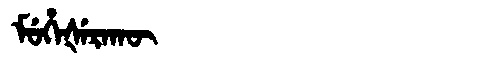
Manchu: ᠮᡠᡥᡝᡧᡝᡵᠠᡴᡡ
Romanization: MUHEŠERAKŪ